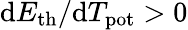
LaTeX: \mathrm{d}E_{\mathrm{{th}}}/\mathrm{d}T_{\mathrm{{pot}}}>0